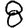
Digit: 8